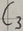
Text: C3